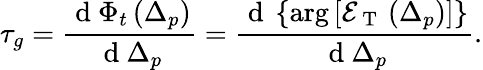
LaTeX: \tau_{g}=\frac{\mathrm{~d~}\Phi_{t}\left(\Delta_{p}\right)}{\mathrm{~d~}\Delta_{p}}=\frac{\mathrm{~d~}\left\{ \arg\left[\mathcal{E}_{\mathrm{~T~}}\left(\Delta_{p}\right)\right]\right\} }{\mathrm{~d~}\Delta_{p}}.